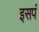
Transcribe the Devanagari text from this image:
इसपं